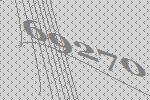
69270